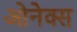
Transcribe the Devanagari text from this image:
ओनेक्स